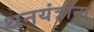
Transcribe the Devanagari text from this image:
धनयंत्राना